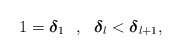
\begin{align*}1 = \boldsymbol{\delta}_{1} \ \ , \ \ \boldsymbol{\delta}_{l} < \boldsymbol{\delta}_{l+1}, \end{align*}